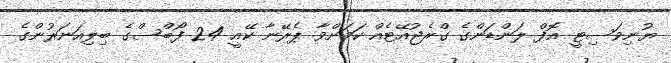
ޔުނިވަސިޓީ އޮފް ލަންޑަންގެ ގްރެޖުއޭޓެއް ކަމަށްވާ ޕެރޭނާ ކޭއީ 24 ފޯބްސްގެ ބިލިއަނަރުންގެ